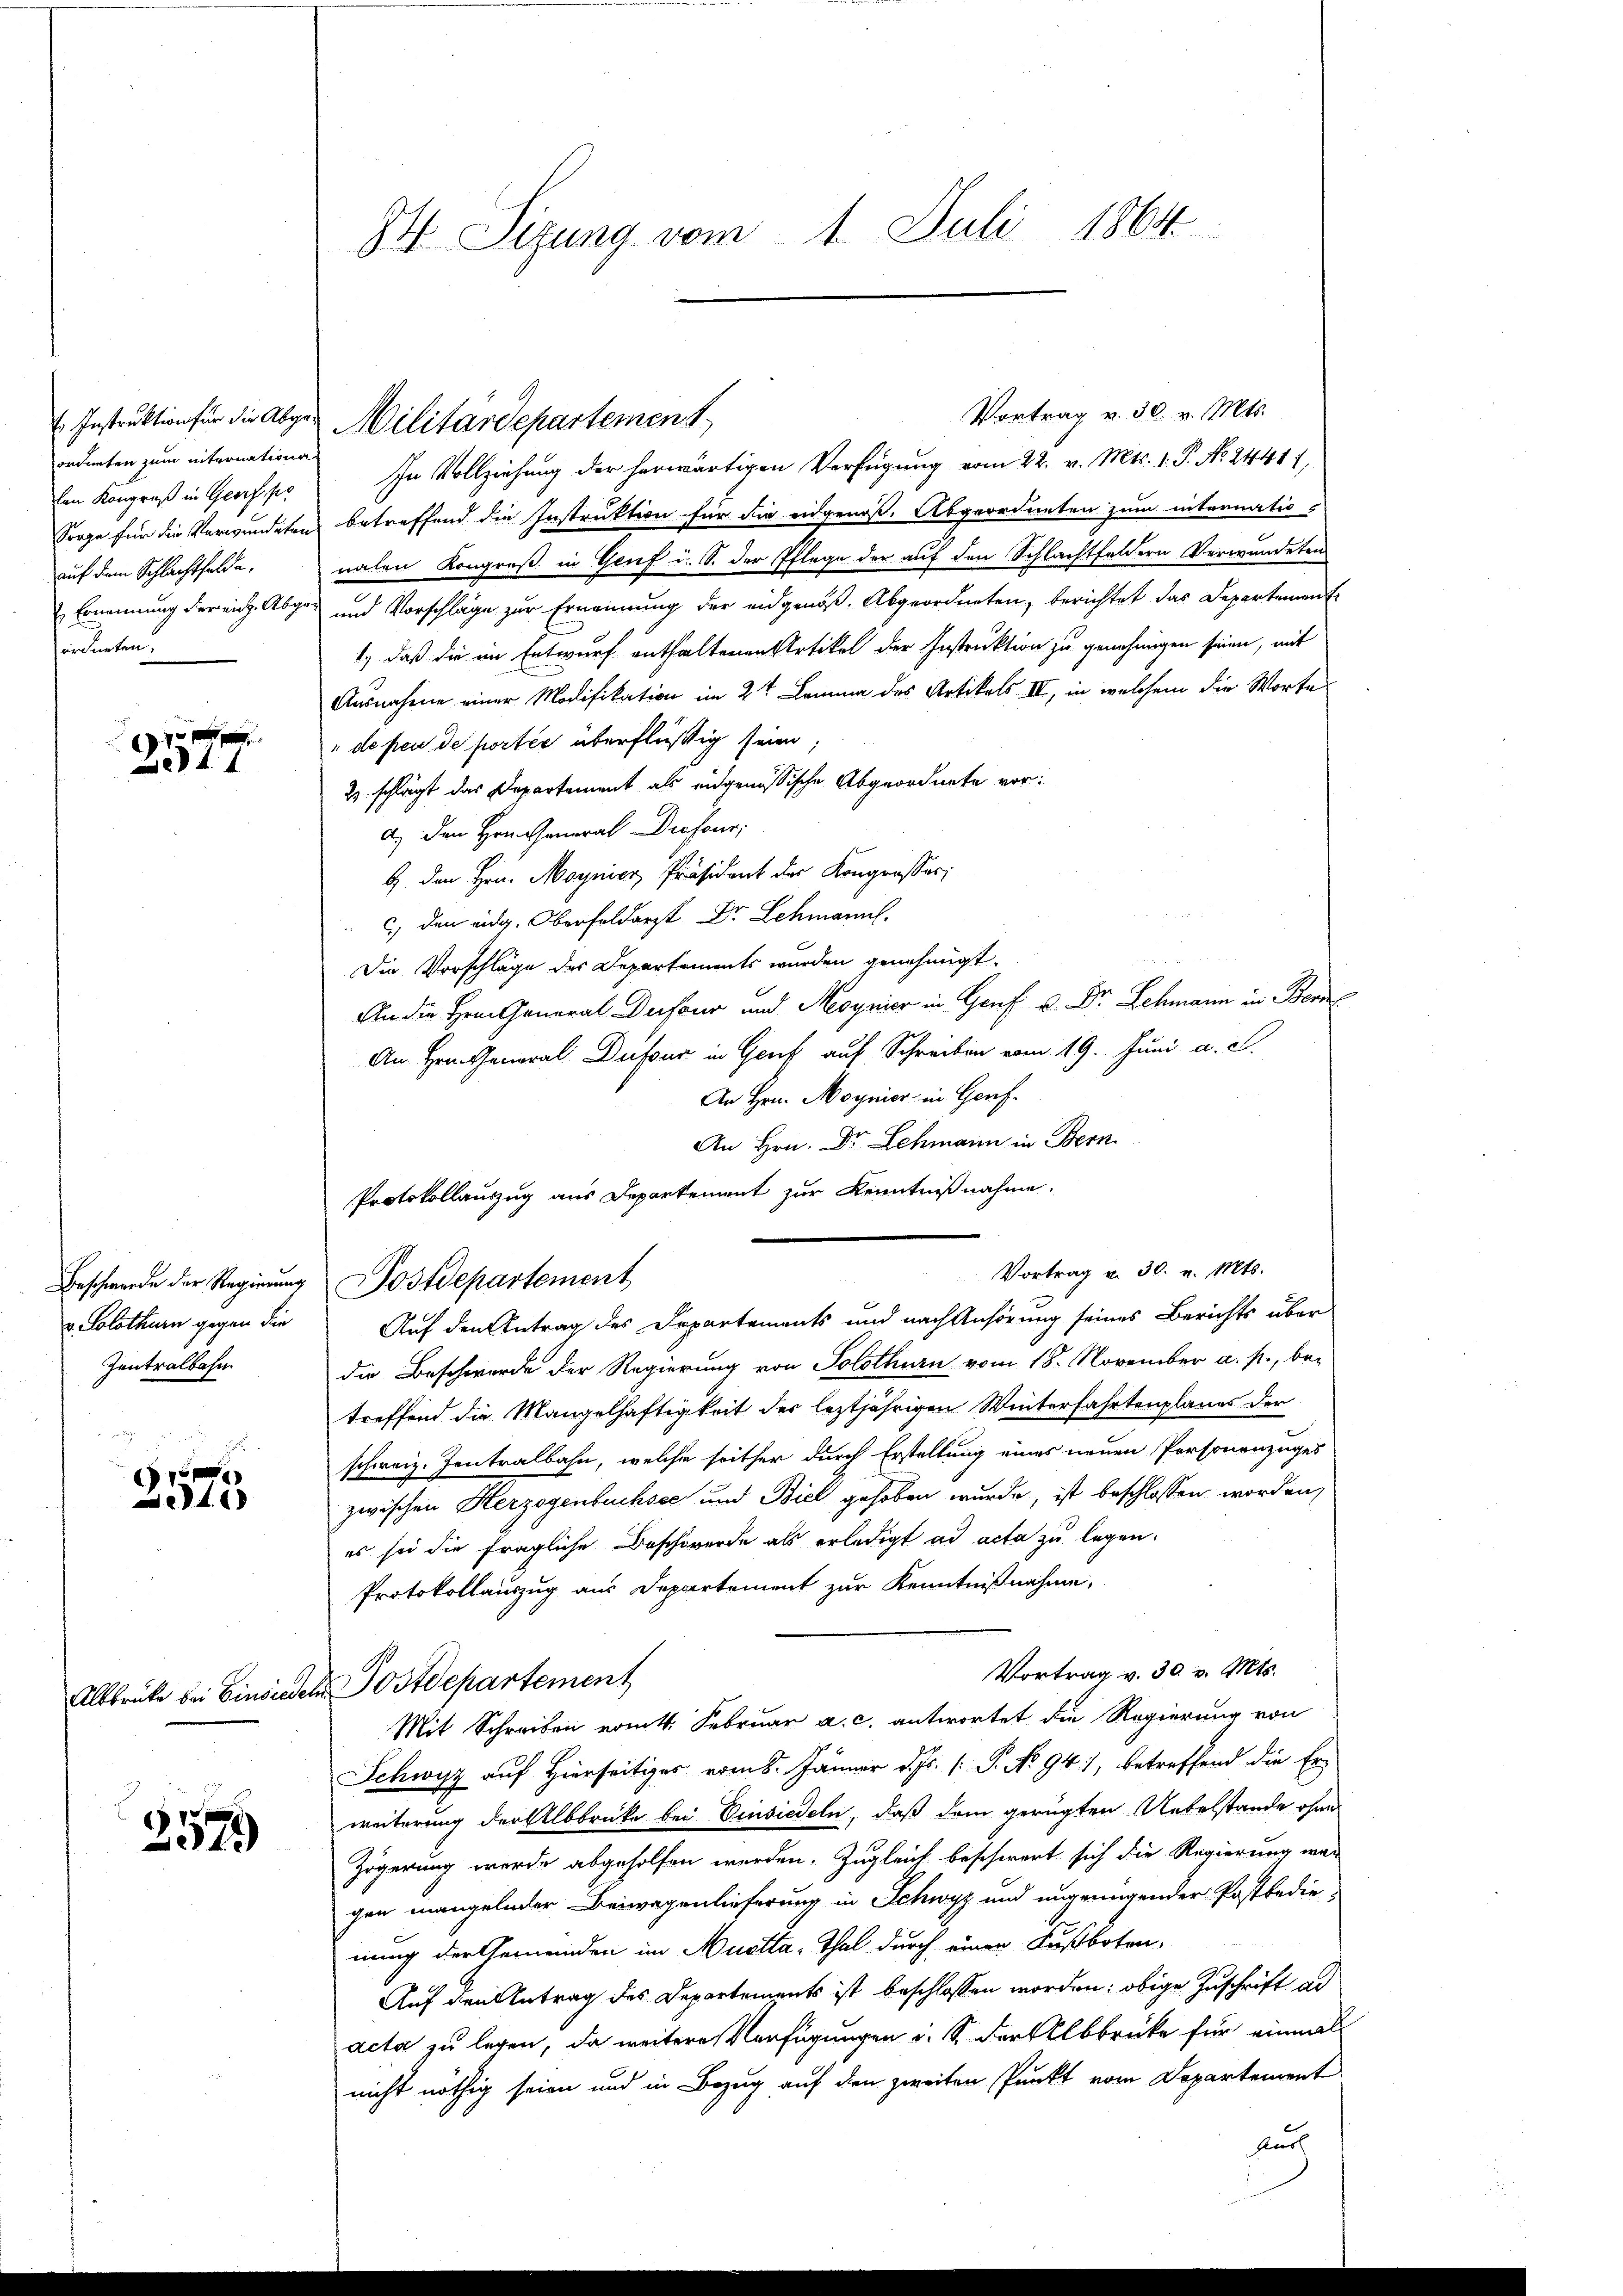
ordneten zum internationa
len Kongruß in Georfpo
auf dem Schlachtfelde.
sordneten

x
4. 4

v. Solothurn gegen die
Zentralbahn

e

2579

In Vollziehung der herwärtigen Verfügung vom 22. v. Mts. 1. P. No. 24411,
Sorge für die Verwundeten betreffend die Instruktion für die eidgenoß. Abgeordneten zum internatio-
nalen Kongreß in Genf i. S. der Pflege der auf den Schlachtfeldern Verwundeten
Ernennung dereich. Abge- und Vorschläge zur Ernennung der eidgenoß, Abgeordneten, berichtet das Departement
1.) daß die im Entwurf enthaltenen Artikel der Instruktion zu genehmigen seien, mit
Ausnahme einer Modifikation im 2t Lemma des Artikels II, in welchem die Worte
" de peu de porter überflüßig seien;
2 schlägt das Departement als eidgenössische Abgeordnete vor:
a.) Den Hrn. General Drosour,
4 den Hrn. Magnier Präsident der Kongresses;
 c) den eidg. Oberfoldarzt Dr. Schmann.
Die Vorschläge des Departements wurden genehmigt.
An die Hrn. General Dufour und Meyrier in Genf u. Dr. Schmann in Ber
An Hrn. General Dufour in Genf auf Schreiben vom 19. Juni a. c.
An Hrn. Magnier in Genf
An Hrn. Dr Schmann in Bern
Protokollauszug aus Departement zur Kenntnißnahme.
Vortrag u. 30. v. Mts.
Beschwerde der Regierung Postdepartement
Auf den Antrag des Departements und nach Anhörung seines Berichts über
die Beschwerde der Regierung von Solothurn vom 18. November a. p., be-
treffend die Mangelhaftigkeit der leztjährigen Winterfahrtenplanes der
schweiz. Zentralbahn, welche seither durch Erstellung eines neuen Personenzuges
zwischen Herzogenbuchsee und Biel gehoben wurde, ist beschlossen worden,
es sei die fragliche Beschwerde als erledigt ad acta zu legen.
Protokollauszug aus Departement zur Kenntnißnahme,
Vortrag v. 30. v. Mts.
Altbrücke bei Einsiedel Postdepartement
Mit Schreiben vomtt. Februar a. c. antwortet die Regierung von
Schwyz auf Hierseitiges vom 8. Jänner d. Js. [ P. No 94, betreffend die Er-
weiterung der Albbrücke bei Einsiedeln, daß dem gerügten Untelstande ohne
Zögerung werde abgeholfen werden. Zugleich beschwert sich die Regierung war
gen mangelnder Beiwegenlieferung in Schwyz und ungenügender Postbedie
nung der Gemeinden im Mustta-Thal durch einen Fußboten-
Auf den Antrag des Departements ist beschlossen worden; obige Zuschrift al
acta zu legen, da weitere Verfügungen u. S. der Elbbrücke für einmal
nicht nöthig seien und in Bezug auf den zweiten Punkt vom Departement
Aush

84. Sizung vom 1. Juli 1864.

Vortrag v. 30. v. Mts.
 Instruktion für die Abge Militärdepartement